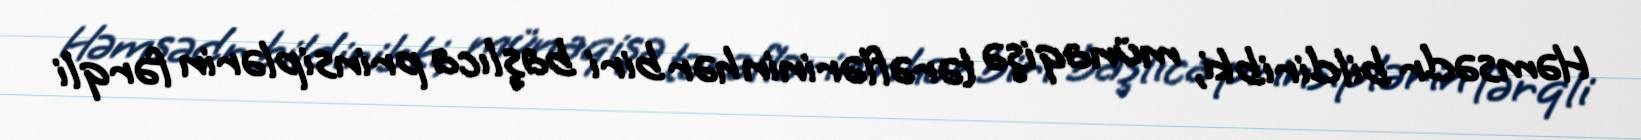
Həmsədr bildirib ki, münaqişə tərəflərinin hər biri başlıca prinsiplərin fərqli